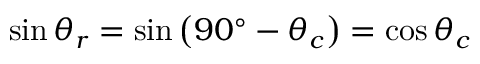
\sin \theta _ { r } = \sin \left( { 9 0 ^ { \circ } } - \theta _ { c } \right) = \cos \theta _ { c }